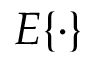
E \{ \cdot \}